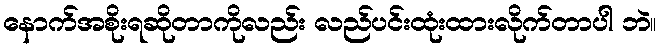
နောက်အစိုးရဆိုတာကိုလည်း လည်ပင်းထုံးထားလိုက်တာပါ ဘဲ။